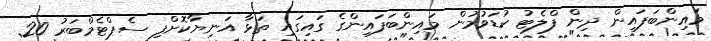
މައިންބަފައިން ދިން ފްލެޓު ކުޑަވުމުން މައިންބަފައިންގެ ގައިގައި ތަޅާ އަނިޔާކޮށްފި ސެޕްޓެމްބަރު 20